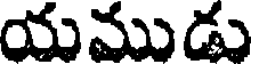
యముడు